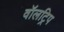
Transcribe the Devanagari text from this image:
वॉलट्रिप